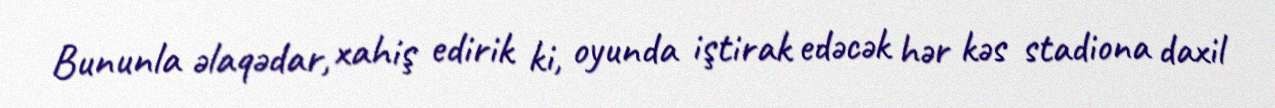
Bununla əlaqədar, xahiş edirik ki, oyunda iştirak edəcək hər kəs stadiona daxil